Report of the Bombay Veterinary College
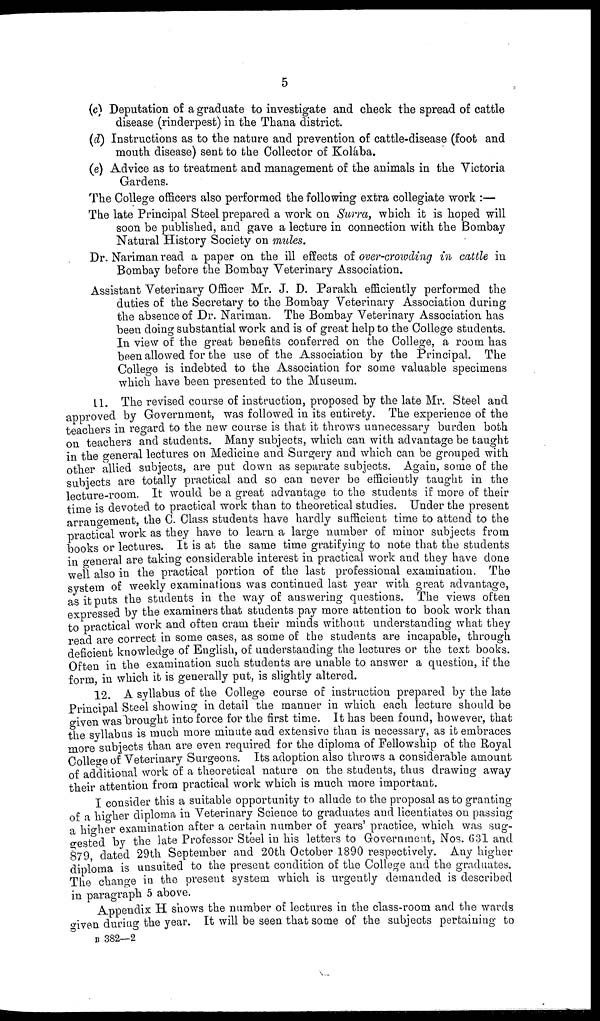
5
(c) Deputation of a graduate to investigate and check the spread of cattle
disease (rinderpest) in the Thana district.
(d) Instructions as to the nature and prevention of cattle-disease (foot and
mouth disease) sent to the Collector of Kolába.
(e) Advice as to treatment and management of the animals in the Victoria
Gardens.
The College officers also performed the following extra collegiate work :—
The late Principal Steel prepared a work on Surra, which it is hoped will
soon be published, and gave a lecture in connection with the Bombay
Natural History Society on mules.
Dr. Nariman read a paper on the ill effects of over-crowding in cattle in
Bombay before the Bombay Veterinary Association.
Assistant Veterinary Officer Mr. J. D. Parakh efficiently performed the
duties of the Secretary to the Bombay Veterinary Association during
the absence of Dr. Nariman. The Bombay Veterinary Association has
been doing substantial work and is of great help to the College students.
In view of the great benefits conferred on the College, a room has
been allowed for the use of the Association by the Principal. The
College is indebted to the Association for some valuable specimens
which have been presented to the Museum.
11. The revised course of instruction, proposed by the late Mr. Steel and
approved by Government, was followed in its entirety. The experience of the
teachers in regard to the new course is that it throws unnecessary burden both
on teachers and students. Many subjects, which can with advantage be taught
in the general lectures on Medicine and Surgery and which can be grouped with
other allied subjects, are put down as separate subjects. Again, some of the
subjects are totally practical and so can never be efficiently taught in the
lecture-room. It would be a great advantage to the students if more of their
time is devoted to practical work than to theoretical studies. Under the present
arrangement, the C. Class students have hardly sufficient time to attend to the
practical work as they have to learn a large number of minor subjects from
books or lectures. It is at the same time gratifying to note that the students
in general are taking considerable interest in practical work and they have done
well also in the practical portion of the last professional examination. The
system of weekly examinations was continued last year with great advantage,
as it puts the students in the way of answering questions. The views often
expressed by the examiners that students pay more attention to book work than
to practical work and often cram their minds without understanding what they
read are correct in some cases, as some of the students are incapable, through
deficient knowledge of English, of understanding the lectures or the text books.
Often in the examination such students are unable to answer a question, if the
form, in which it is generally put, is slightly altered.
12. A syllabus of the College course of instruction prepared by the late
Principal Steel showing in detail the manner in which each lecture should be
given was brought into force for the first time. It has been found, however, that
the syllabus is much more minute and extensive than is necessary, as it embraces
more subjects than are even required for the diploma of Fellowship of the Royal
College of Veterinary Surgeons. Its adoption also throws a considerable amount
of additional work of a theoretical nature on the students, thus drawing away
their attention from practical work which is much more important.
I consider this a suitable opportunity to allude to the proposal as to granting
of a higher diploma in Veterinary Science to graduates and licentiates on passing
a higher examination after a certain number of years' practice, which was sug-
gested by the late Professor Steel in his letters to Government, Nos. 631 and
879, dated 29th September and 20th October 1890 respectively. Any higher
diploma is unsuited to the present condition of the College and the graduates.
The change in the present system which is urgently demanded is described
in paragraph 5 above.
Appendix H shows the number of lectures in the class-room and the wards
given during the year. It will be seen that some of the subjects pertaining to
B 382—2